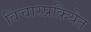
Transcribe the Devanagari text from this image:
विचारप्रक्रियेत